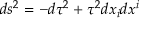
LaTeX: d s ^ { 2 } = - d \tau ^ { 2 } + \tau ^ { 2 } d x _ { i } d x ^ { i }